Report on horse surra - Volume II, Part I
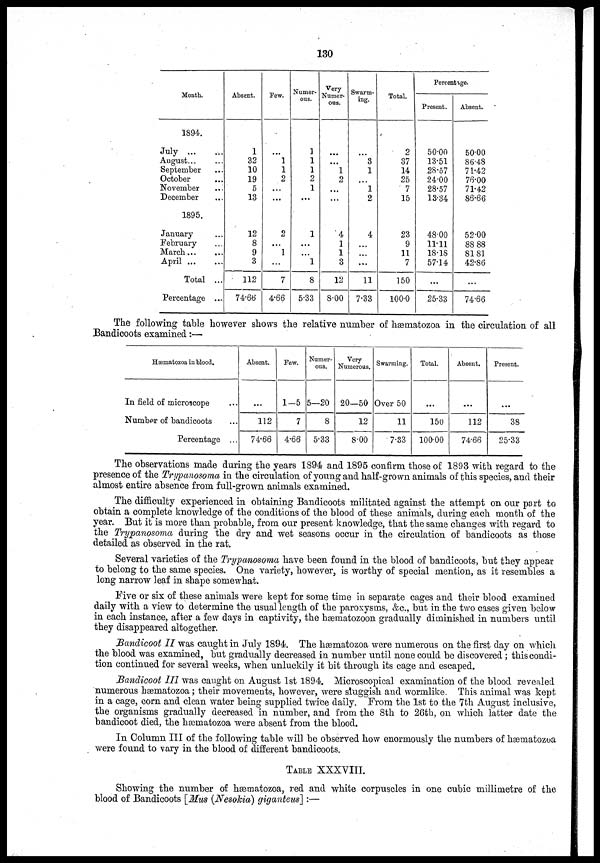
130
Month.
1894.
July ...
August...
September
October
November
December
1895.
January
February
March...
April ...
Total ...
Percentage ...
Absent.
1
32
10
19
5
13
12
8
9
3
112
74.66
Few.
...
1
1
2
. . .
...
2
...
1
...
7
4.66
Numer-
ous.
1
1
1
2
1
...
1
...
. . .
1
8
5.33
Very
Numer-
ous.
...
...
1
2
...
...
4
1
1
3
12
8.00
Swarm-
ing.
...
3
1
. ..
1
2
4
. . .
...
11
7.33
Total.
2
37
14
25
7
15
23
9
11
7
150
100.0
Percentage.
Present.
50.00
13.51
28.57
24.00
28.57
13.34
48.00
11.11
18.18
57.14
...
25.33
Absent.
50.00
86.48
71.42
76.00
71.42
86.66
52.00
88 88
8181
42.86
...
74.66
The following table however shows the relative number of hæmatozoa in the circulation of all
Bandicoots examined:—
Hæmatozoa in blood.
In field of microscope
Number of bandicoots
Percentage ...
Absent.
...
112
74.66
Few.
1—5
7
4.66
Numer-
ous.
5—20
8
5.33
Very
Numerous.
20—50
12
8.00
Swarming.
Over 50
11
7.33
Total.
. . .
150
100.00
Absent.
. ..
112
74.66
Present.
38
25.33
The observations made during the years 1894 and 1895 confirm those of 1893 with regard to the
presence of the Trypanosoma in the circulation of young and half-grown animals of this species, and their
almost entire absence from full-grown animals examined.
The difficulty experienced in obtaining Bandicoots militated against the attempt on our part to
obtain a complete knowledge of the conditions of the blood of these animals, during each month of the
year. But it is more than probable, from our present knowledge, that the same changes with regard to
the Trypanosoma during the dry and wet seasons occur in the circulation of bandicoots as those
detailed as observed in the rat.
Several varieties of the Trypanosoma have been found in the blood of bandicoots, but they appear
to belong to the same species. One variety, however, is worthy of special mention, as it resembles a
long narrow leaf in shape somewhat.
Five or six of these animals were kept for some time in separate cages and their blood examined
daily with a view to determine the usual length of the paroxysms, &c., but in the two cases given below
in each instance, after a few days in captivity, the hæmatozoon gradually diminished in numbers until
they disappeared altogether.
Bandicoot II was caught in July 1894. The hæmatozoa were numerous on the first day on which
the blood was examined, but gradually decreased in number until none could be discovered ; this condi-
tion continued for several weeks, when unluckily it bit through its cage and escaped.
Bandicoot III was caught on August 1st 1894. Microscopical examination of the blood revealed
numerous hæmatozoa; their movements, however, were sluggish and wormlike. This animal was kept
in a cage, corn and clean water being supplied twice daily. From the 1st to the 7th August inclusive,
the organisms gradually decreased in number, and from the 8th to 26th, on which latter date the
bandicoot died, the hæmatozoa were absent from the blood.
In Column III of the following table will be observed how enormously the numbers of hæmatozoa
were found to vary in the blood of different bandicoots.
TABLE XXXVIII.
Showing the number of hæmatozoa, red and white corpuscles in one cubic millimetre of the
blood of Bandicoots [Mus (Nesokia) giganteus] :—